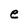
Character: e